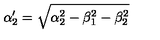
\alpha _ { 2 } ^ { \prime } = \sqrt { \alpha _ { 2 } ^ { 2 } - \beta _ { 1 } ^ { 2 } - \beta _ { 2 } ^ { 2 } }